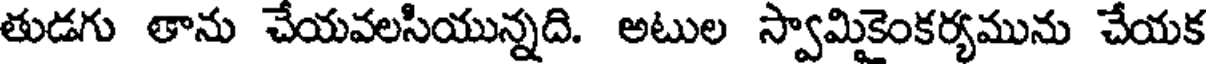
తుడగు తాను చేయవలసియున్నది. అటుల స్వామికైంకర్యమును చేయక